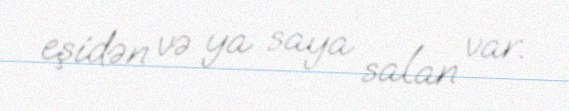
eşidən və ya saya salan var.